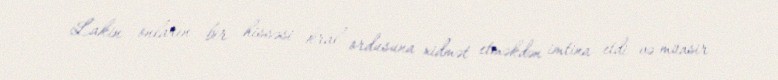
Lakin onların bir hissəsi kral ordusuna xidmət etməkdən imtina etdi və müasir